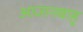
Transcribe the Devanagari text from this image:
आजानबाहु